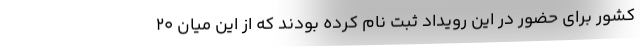
کشور برای حضور در این رویداد ثبت نام کرده بودند که از این میان ۲۰